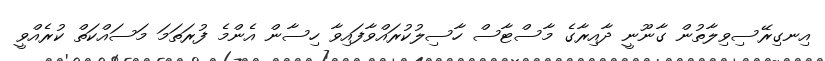
އިނގިރޭސިވިލާތުން ގާނޫނީ ދާއިރާގެ މާސްޓާސް ހާސިލުކުރައްވާފައިވާ ހިސާން އެންމެ ފުރަތަމަ މަސައްކަތް ކުރެއްވީ